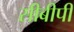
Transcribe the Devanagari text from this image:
सीबीपी